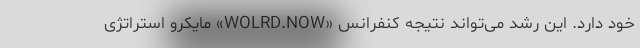
خود دارد. این رشد می‌تواند نتیجه کنفرانس «WOLRD.NOW» مایکرو استراتژی